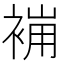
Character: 𧚸